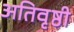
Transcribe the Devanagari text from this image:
अतिवृष्ठी